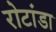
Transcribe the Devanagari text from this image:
रोटांडा